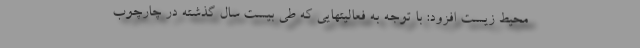
محیط زیست افزود: با توجه به فعالیتهایی که طی بیست سال گذشته در چارچوب